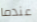
عندما